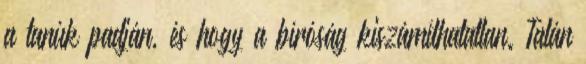
a tanúk padján, és hogy a bíróság kiszámíthatatlan. Talán